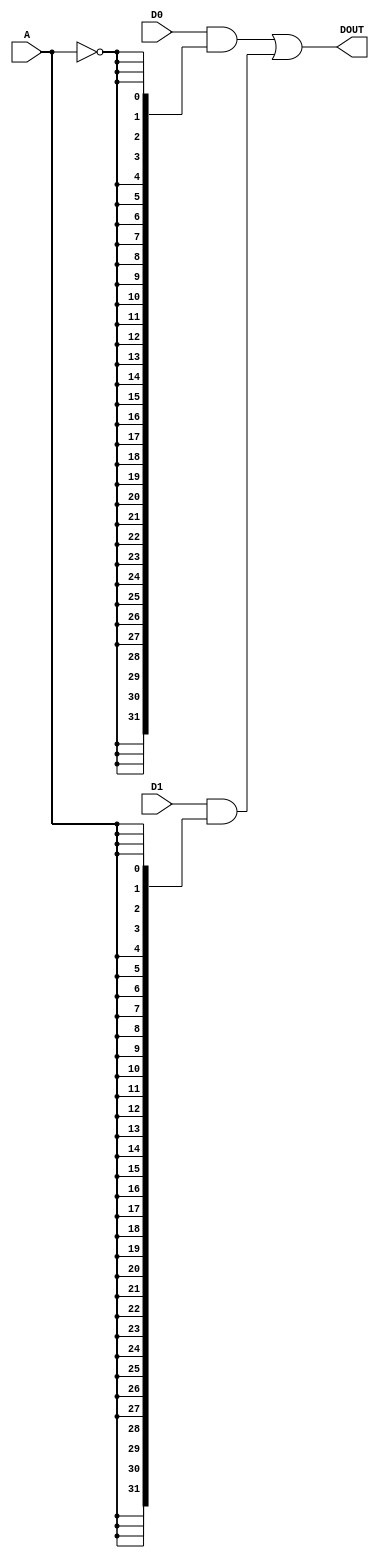
module mux2_32(A, D0, D1, DOUT);

input wire  A;
input wire [31:0] D0;
input wire [31:0] D1;
output wire [31:0] DOUT;

assign DOUT = D0 & {32{(A==1'd0)}} |   D1 & {32{(A==1'd1)}};

endmodule